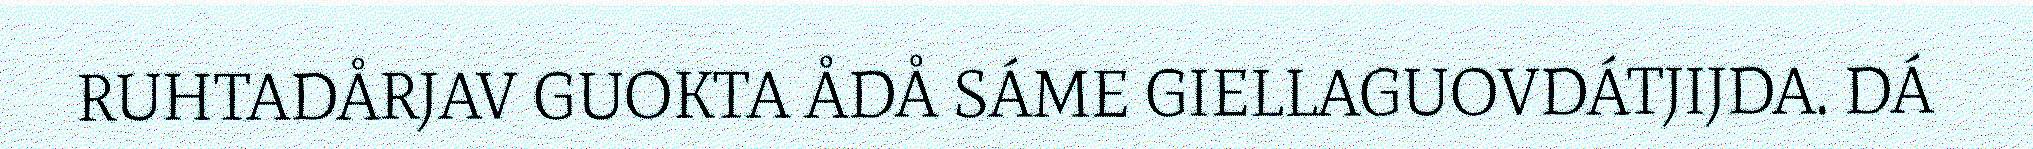
RUHTADÅRJAV GUOKTA ÅDÅ SÁME GIELLAGUOVDÁTJIJDA. DÁ